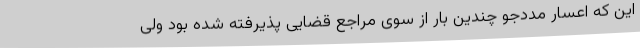
این که اعسار مددجو چندین بار از سوی مراجع قضایی پذیرفته شده بود ولی